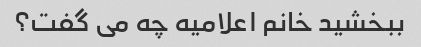
ببخشید خانم اعلامیه چه می گفت؟